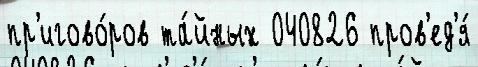
пр'игово́ров та́йных 040826 пров'ед'я́